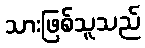
သားဖြစ်သူသည်